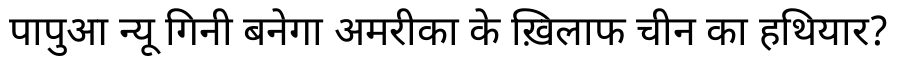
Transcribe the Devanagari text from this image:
पापुआ न्यू गिनी बनेगा अमरीका के ख़िलाफ चीन का हथियार?